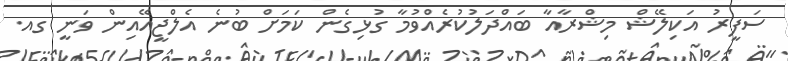
ސަފީރު އަކިލޭޝް މިޝްރާއާ ބައްދަލުކުރެއްވުމާ ގުޅިގެން ކަމަށް ބުނެ އެލްޖީއޭއިން ވަނީ ގއ.